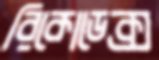
রিকোডেক্স